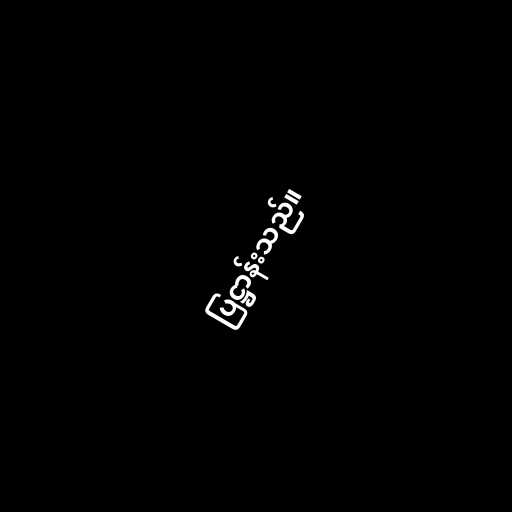
ပြဋ္ဌာန်းသည်။